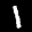
Label: 1